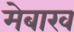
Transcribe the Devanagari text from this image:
मेबाख